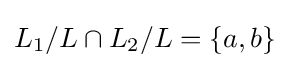
L_{1}/L\cap L_{2}/L=\{a,b\}